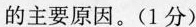
的主要原因。(1分)